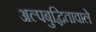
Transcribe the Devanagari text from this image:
अल्पबुद्धितावाले